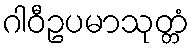
ဂါဝီဥပမာသုတ္တံ